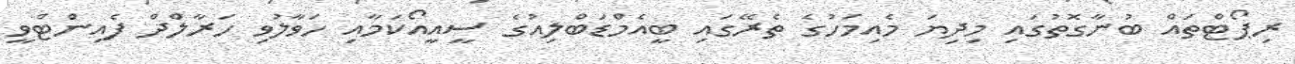
ރިޕޯޓްތައް ބުނާގޮތުގައި މިދިޔަ މެއިމަހުގެ ތެރޭގައި ބީއެމްޑަބްލިއުގެ ސީއީއޯކަމާއި ހަވާލުވި ހަރާލްދް ފެއިންޓްވީ